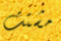
مشتت